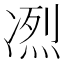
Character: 𠗹